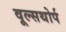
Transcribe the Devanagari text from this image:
वूल्सथोर्प